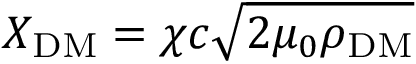
X _ { \mathrm { D M } } = \chi c \sqrt { 2 \mu _ { 0 } \rho _ { \mathrm { D M } } }